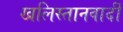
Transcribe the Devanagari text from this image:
खलिस्तानवादी